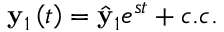
\mathbf { y } _ { 1 } \left( t \right) = \hat { \mathbf { y } } _ { 1 } e ^ { s t } + c . c .